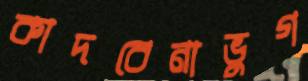
কাদবেনাভুগ